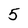
Character: 5